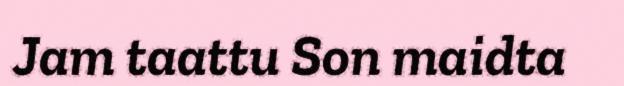
Jam taattu Son maidta